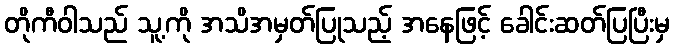
တိုကီဝါသည် သူ့ကို အသိအမှတ်ပြုသည့် အနေဖြင့် ခေါင်းဆတ်ပြပြီးမှ